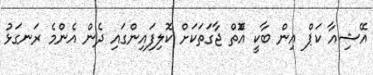
އޭޝިއާ ކަޕް އިން ބާކީ އޮްތް ޖާގަތަކަށް ކޮލިފައިންގައި ދެން އެންމެ ރަނގަޅު